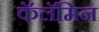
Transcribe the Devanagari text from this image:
कॅलॅमिन